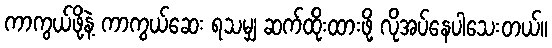
ကာကွယ်ဖို့နဲ့ ကာကွယ်ဆေး ရသမျှ ဆက်ထိုးထားဖို့ လိုအပ်နေပါသေးတယ်။